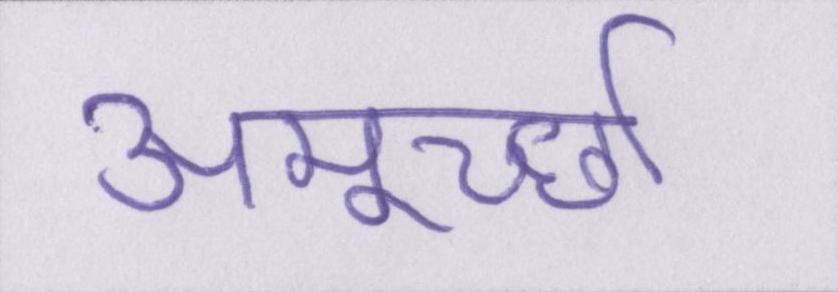
अमूर्च्छा